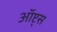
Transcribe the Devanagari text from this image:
ऑप्ट्स